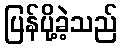
ပြန်ပို့ခဲ့သည်